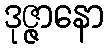
ဒုဇ္ဇာနော